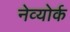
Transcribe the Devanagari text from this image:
नेव्योर्क